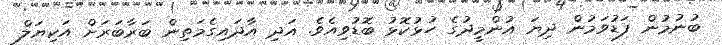
ބުނުމުން ފަޑުވަމުން ދިޔަ އުންމީދުގެ ހުޅުކޮޅު ބޮޑުވިއެވެ. އަދި އާދައިގެމަތިން ބަރާބަރަށް އަކިޔަލް